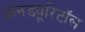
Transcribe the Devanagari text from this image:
कनड्यूरिटॉल